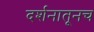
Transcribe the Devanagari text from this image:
दर्शनातूनच